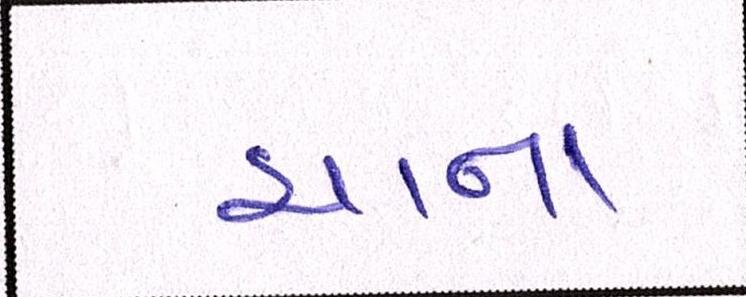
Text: ચાના